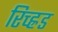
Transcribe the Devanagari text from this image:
रिच्ह्रड